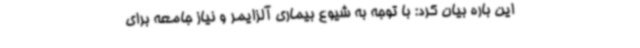
این باره بیان کرد: با توجه به شیوع بیماری آلزایمر و نیاز جامعه برای